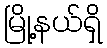
မြို့နယ်ရှိ